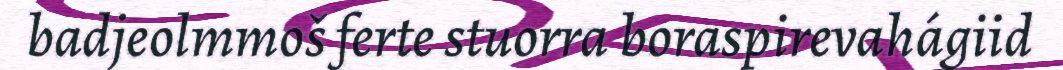
badjeolmmoš ferte stuorra boraspirevahágiid